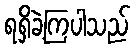
ရရှိခဲ့ကြပါသည်